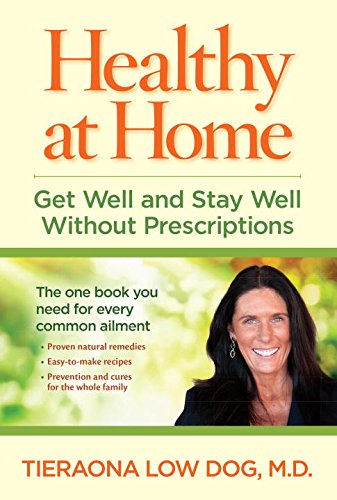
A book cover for Healthy at Home: Get Well and Stay Well Without Prescriptions; Tieraona Low Dog M.D.; Health, Fitness & Dieting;